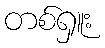
တစ်ရှူး